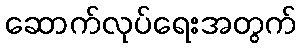
ဆောက်လုပ်ရေးအတွက်